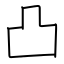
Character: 凸